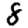
Digit: 8